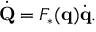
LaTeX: { \dot { \mathbf { Q } } } = F _ { * } ( \mathbf { q } ) { \dot { \mathbf { q } } } .